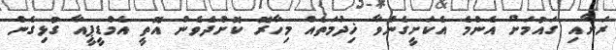
ރަށާއި ގައުމަށް އެންމެ އެކަށީގެންވާ ޚިދުމަތެއް މިހާރޮ ކޮށްދެވެން އޮތީ އެމްޑީޕީއާ ގުޅިގެން